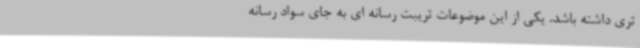
تری داشته باشد. یکی از این موضوعات تریبت رسانه ای به جای سواد رسانه